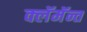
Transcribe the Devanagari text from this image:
क्लॅमॅन्त